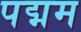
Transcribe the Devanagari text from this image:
पद्मम